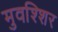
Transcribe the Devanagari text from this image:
मुवश्शिर